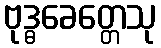
ဗုဒ္ဓခေတ္တေသု